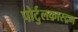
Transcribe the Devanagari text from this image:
पोर्टुलकास्द्रम